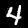
Digit: 4